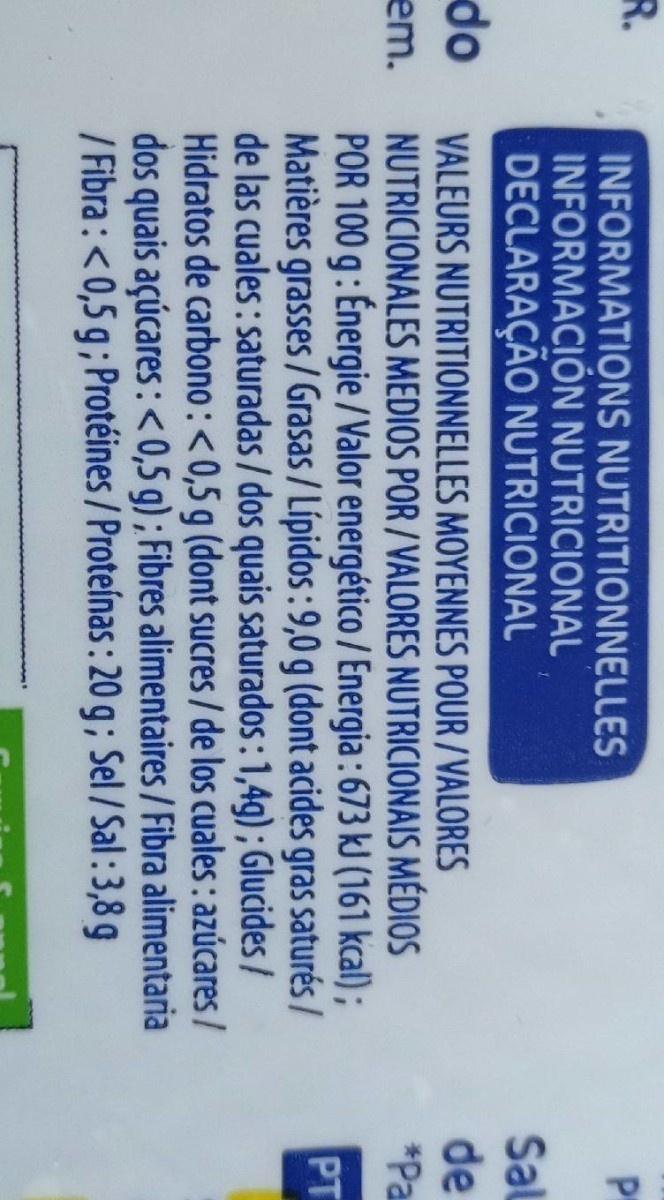
R.
INFORMATIONS NUTRITIONNELLES INFORMACIÓN NUTRICIONAL DECLARAÇÃO NUTRICIONAL
Sal de
do
VALEURS NUTRITIONNELLES MOYENNES POUR /VALORES NUTRICIONALES MEDIOS POR /VALORES NUTRICIONAIS MÉDIOS POR 100 g: Énergie /Valor energético / Energia : 673 kJ (161 kcal) ; Matières grasses /Grasas / Lípidos : 9,0 g (dont acides gras saturés / de las cuales: saturadas / dos quais saturados: 1,4g) ; Glucides/ Hidratos de carbono:<0,5 g (dont sucres / de los cuales: azúcares / dos quais açúcares :<0,5 g) ; Fibres alimentaires / Fibra alimentaria / Fibra :<0,5 g; Protéines / Proteínas : 20 g; Sel / Sal : 3,8 g
em.
*Pa
PT